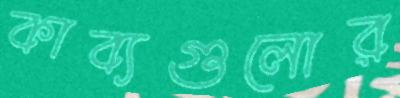
কাব্যগুলোর